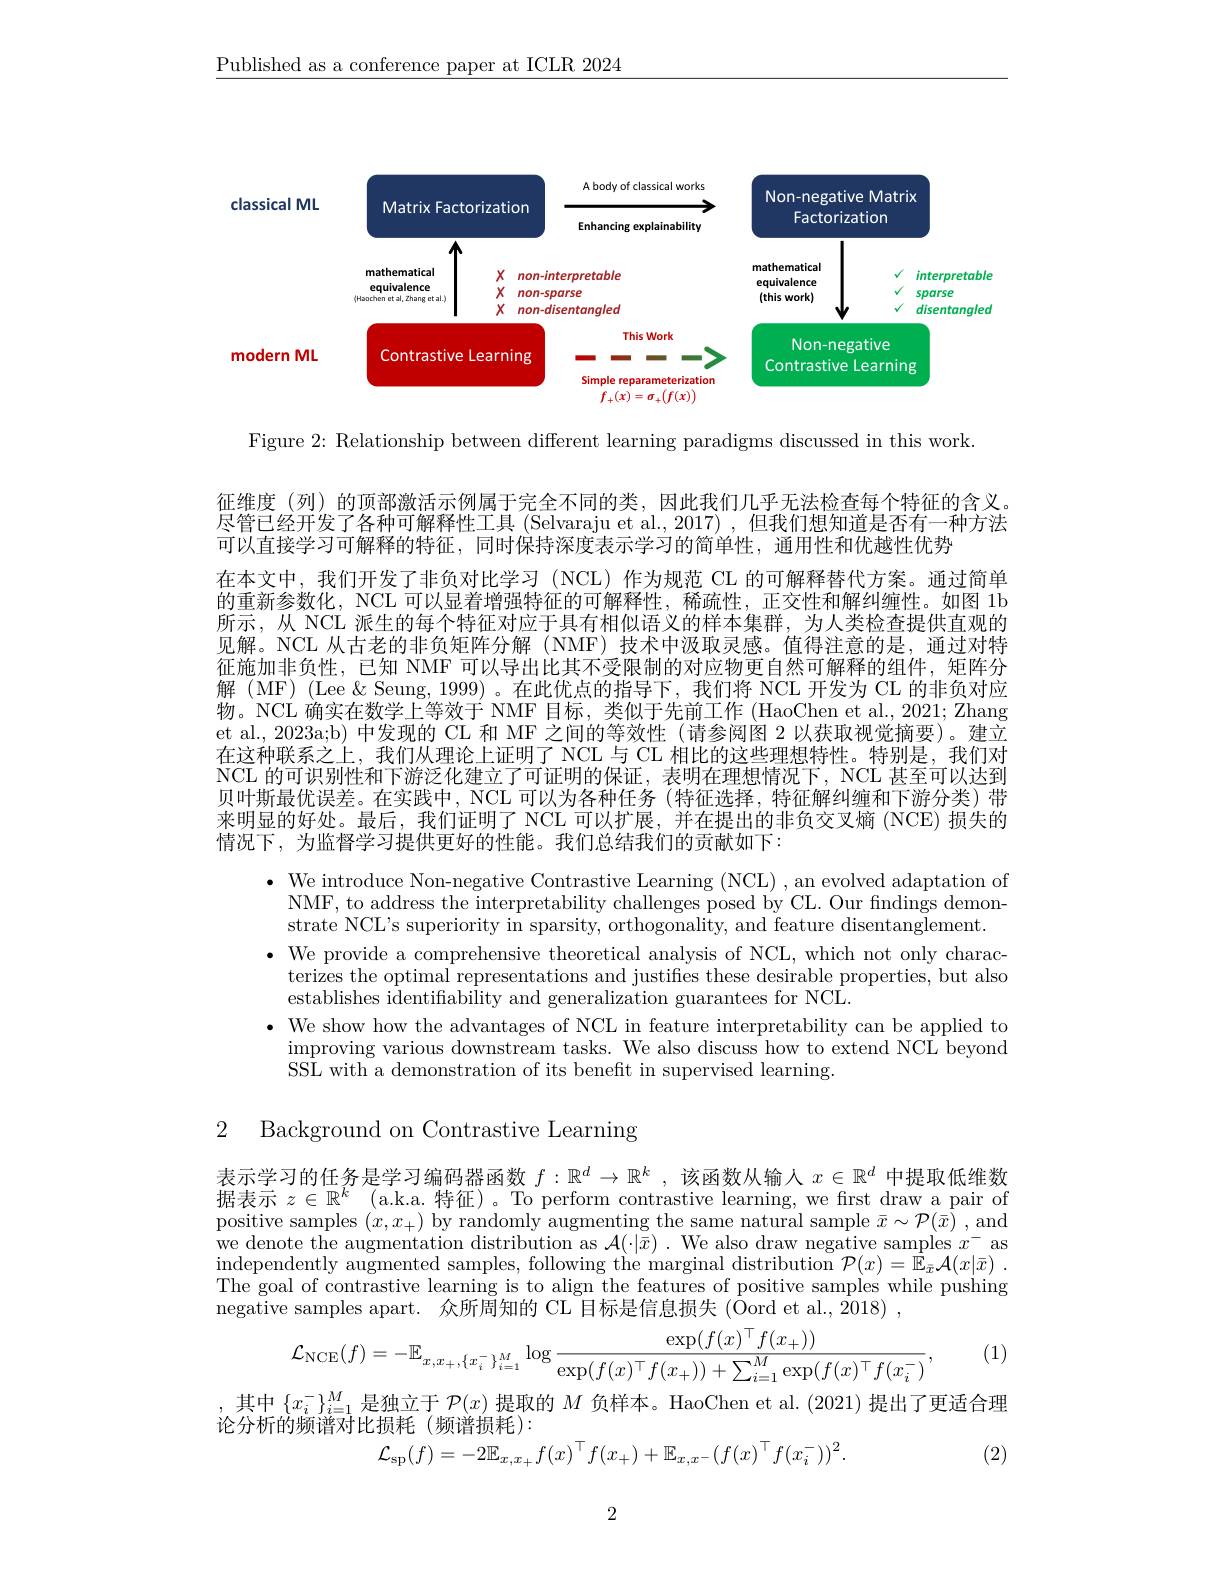
$\underline{\text{Published as a conference paper at ICLR 2024}}$

<FigureHere>

Figure 2: Relationship between different learning paradigms discussed in this work.

征维度(列)的顶部激活示例属于完全不同的类，因此我们几乎无法检查每个特征的含义。尽管已经开发了各种可解释性工具 (Selvaraju et al., 2017) , 但我们想知道是否有一种方法可以直接学习可解释的特征，同时保持深度表示学习的简单性，通用性和优越性优势
在本文中，我们开发了非负对比学习(NCL)作为规范 CL 的可解释替代方案。通过简单的重新参数化，NCL 可以显着增强特征的可解释性，稀疏性，正交性和解纠缠性。如图 1b 所示，从 NCL 派生的每个特征对应于具有相似语义的样本集群，为人类检查提供直观的见解。NCL 从古老的非负矩阵分解 (NMF) 技术中汲取灵感。值得注意的是，通过对特征施加非负性，已知 NMF 可以导出比其不受限制的对应物更自然可解释的组件，矩阵分解(MF)(Lee&Seung,1999)。在此优点的指导下，我们将 NCL 开发为 CL 的非负对应物。NCL 确实在数学上等效于 NMF 目标，类似于先前工作 (HaoChen et al., 2021; Zhang et al., 2023a;b) 中发现的 CL 和 MF 之间的等效性 (请参阅图 2 以获取视觉摘要)。建立在这种联系之上，我们从理论上证明了 NCL 与 CL 相比的这些理想特性。特别是，我们对NCL 的可识别性和下游泛化建立了可证明的保证，表明在理想情况下，NCL 甚至可以达到贝叶斯最优误差。在实践中，NCL 可以为各种任务 (特征选择，特征解纠缠和下游分类)带来明显的好处。最后，我们证明了 NCL 可以扩展，并在提出的非负交叉熵 (NCE) 损失的情况下，为监督学习提供更好的性能。我们总结我们的贡献如下：

$\bullet$ We introduce Non-negative Contrastive Learning (NCL) , an evolved adaptation of
NMF, to address the interpretability challenges posed by CL. Our fndings demon-
strate NCL's superiority in sparsity, orthogonality, and feature disentanglement.
$\bullet$ We provide a comprehensive theoretical analysis of NCL, which not only charac-
terizes the optimal representations and justifies these desirable properties, but also
establishes identifiability and generalization guarantees for NCL.
· We show how the advantages of NCL in feature interpretability can be applied to
improving various downstream tasks. We also discuss how to extend NCL beyond
SSL with a demonstration of its beneft in supervised learning.

2 Background on Contrastive Learning

表示学习的任务是学习编码器函数$f:\mathbb{R}^d\to\mathbb{R}^k$ ,该函数从输入$x\in\mathbb{R}^d$中提取低维数据表示$z\in \mathbb{R} ^k$ (a.k.a. 特征)。To perform contrastive learning, we first draw a pair of positive samples $(x,x_+)$ by randomly augmenting the same natural sample $\bar{x}\sim\mathcal{P}(\bar{x})$ , and we denote the augmentation distribution as $\mathcal{A}(\cdot|\bar{x}).$ We also draw negative samples $x^-$ as $\begin{array}{c}\mathrm{independently~augmented~samples,~following~the~marginal~distribution~}\mathcal{P}(x)=\bar{\mathbb{E}}_{\bar{x}}\mathcal{A}(x|\bar{x})\end{array}.$ The goal of contrastive learning is to align the features of positive samples while pushing $\bar{\text{negative samples apart. 众 所 周 知 的 CL 目 标 是 信 息 损 失 }} ( \bar{\text{Oord et al. , 2018) }}$ ,
$$\mathcal{L}_{\mathrm{NCE}}(f)=-\mathbb{E}_{x,x_+,\{x_i^-\}_{i=1}^M}\log\frac{\exp(f(x)^\top f(x_+))}{\exp(f(x)^\top f(x_+))+\sum_{i=1}^M\exp(f(x)^\top f(x_i^-)},$$
(1)

其中$\{x_i^-\}_{i=1}^M$是独立于$\mathcal{P}(x)$提取的$M$负样本。HaoChen et al. (2021) 提出了更适合理

论分析的频谱对比损耗(频谱损耗):
$$\mathcal{L}_{\mathrm{sp}}(f)=-2\mathbb{E}_{x,x_{+}}f(x)^{\top}f(x_{+})+\mathbb{E}_{x,x^{-}}(f(x)^{\top}f(x_{i}^{-}))^{2}.$$
(2)

2